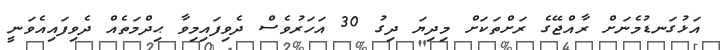
އަޅުގަނޑުމެނަށް ރާއްޖޭގެ ރަށްތަކަށް މިދިޔަ ދިގު 30 އަހަރުވެސް ދެވިފައިމިވާ ޙިދްމަތެއް ދެވިފައިއެވަނީ